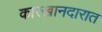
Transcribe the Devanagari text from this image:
कारखानदारात